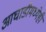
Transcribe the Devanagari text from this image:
आघाडीमध्येही